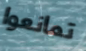
تمانعوا